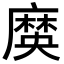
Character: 𪎞